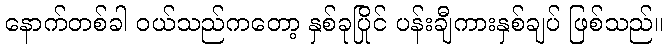
နောက်တစ်ခါ ဝယ်သည်ကတော့ နှစ်ခုပြိုင် ပန်းချီကားနှစ်ချပ် ဖြစ်သည်။